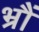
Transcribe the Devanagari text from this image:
भ्रौं